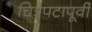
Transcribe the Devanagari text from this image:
चित्रपटापूर्वी